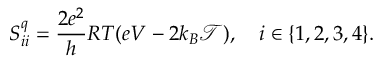
S _ { i i } ^ { q } = \frac { 2 e ^ { 2 } } { h } R T ( e V - 2 k _ { B } \mathcal { T } ) , \quad i \in \{ 1 , 2 , 3 , 4 \} .